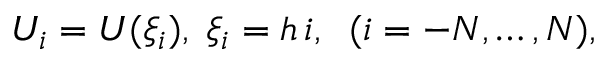
U _ { i } = U ( \xi _ { i } ) , \; \xi _ { i } = h \, i , \; \; ( i = - N , \ldots , N ) ,